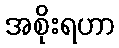
အစိုးရဟာ